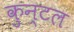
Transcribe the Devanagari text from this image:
कुन्टल